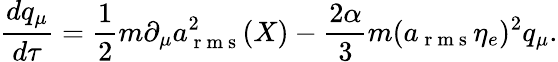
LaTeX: \frac{dq_{\mu}}{d\tau}=\frac{1}{2}m\partial_{\mu}a_{\mathrm{~r~m~s~}}^{2}(X)-\frac{2\alpha}{3}m(a_{\mathrm{~r~m~s~}}\eta_{e})^{2}q_{\mu}.